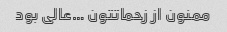
ممنون از زحماتتون …عالی بود